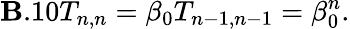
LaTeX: \mathbf{B}.10T_{n,n}=\beta_{0}T_{n-1,n-1}=\beta_{0}^{n}.